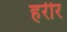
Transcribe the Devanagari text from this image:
हरीर